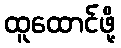
ထူထောင်ဖို့